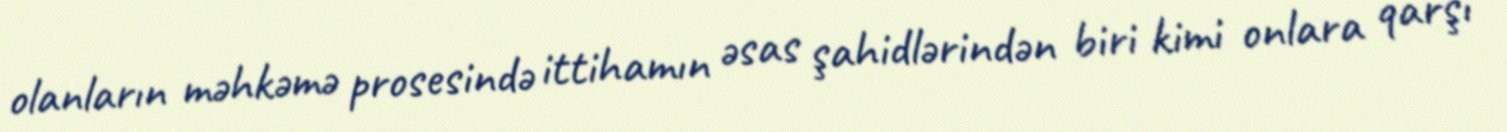
olanların məhkəmə prosesində ittihamın əsas şahidlərindən biri kimi onlara qarşı